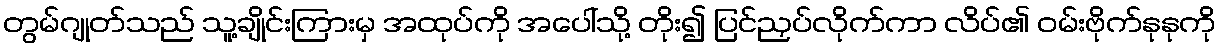
တွမ်ဂျုတ်သည် သူ့ချိုင်းကြားမှ အထုပ်ကို အပေါ်သို့ တိုး၍ ပြင်ညှပ်လိုက်ကာ လိပ်၏ ဝမ်းဗိုက်နုနုကို